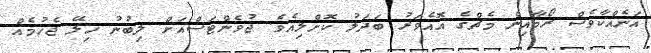
އަނެއްކާވެސް ރޯމާއިން މެޗްގެ އޮއެވަރު ބަދަލު ކޮށްލިއެވެ. ޖުވެންޓަސްއަށް ލިބުނު ހިލޭ ޖެހުމެއް